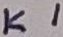
Text: K1